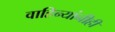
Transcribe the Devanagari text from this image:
वाहिन्यांनीही